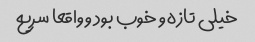
خیلی تازه و خوب بود و واقعا سریع